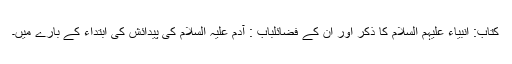
کتاب: انبیاء علیہم السلام کا ذکر اور ان کے فضائلباب : آدم علیہ السلام کی پیدائش کی ابتداء کے بارے میں۔